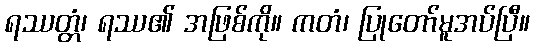
ရဿတ္တံ၊ ရဿ၏ အဖြစ်ကို။ ကတံ၊ ပြုတော်မူအပ်ပြီ။